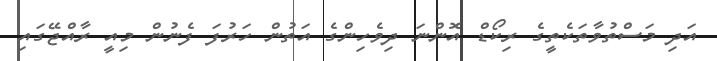
އަދި މަސްތުވާތަކެތީގެ ރިކޯޑް އޮންނަ ދިވެހިންގެ އަތުން ހަރުފަ ފެނުން މިއީ ރާއްޖޭގައި